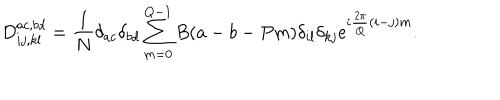
D _ { i j , k l } ^ { a c , b d } = { \frac { 1 } { N } } \delta _ { a c } \delta _ { b d } \sum _ { m = 0 } ^ { Q - 1 } B ( a - b - P m ) \delta _ { i l } \delta _ { k j } \mathrm { e } ^ { i { \frac { 2 \pi } { Q } } ( i - j ) m } .